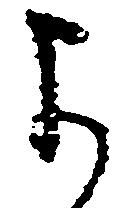
よ